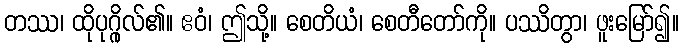
တဿ၊ ထိုပုဂ္ဂိုလ်၏။ ဧဝံ၊ ဤသို့။ စေတိယံ၊ စေတီတော်ကို။ ပဿိတွာ၊ ဖူးမြော်၍။